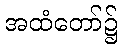
အထံတော်၌